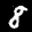
Label: 8